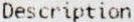
DESCRIPTION